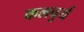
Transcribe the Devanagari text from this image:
कलचुर्य